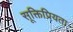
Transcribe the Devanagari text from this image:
सूक्तिप्रियता